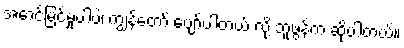
အောင်မြင်မှုပါပဲ၊ ကျွန်တော် ပျော်ပါတယ် လို့ ဘူဖွန်က ဆိုပါတယ်။